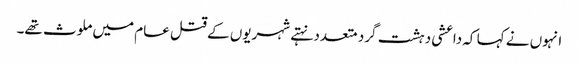
انہوں نے کہا کہ داعشی دہشت گرد متعدد نہتے شہریوں کے قتل عام میں ملوث تھے۔